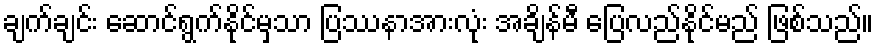
ချက်ချင်း ဆောင်ရွက်နိုင်မှသာ ပြဿနာအားလုံး အချိန်မီ ပြေလည်နိုင်မည် ဖြစ်သည်။